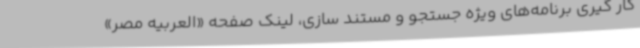
کار گیری برنامه‌های ویژه جستجو و مستند سازی، لینک صفحه «العربیه مصر»